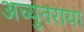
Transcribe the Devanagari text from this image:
अच्युतराया